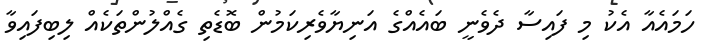
ހަމައެއާ އެކު މި ފައިސާ ދެވެނީ ބައެއްގެ އަނިޔާވެރިކަމުން ބޮޑެތި ގެއްލުންތަކެއް ލިބިފައިވާ